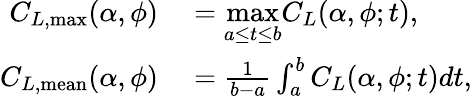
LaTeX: \begin{array}{rl}{C_{L,\textrm{max}}(\alpha,\phi)}&{{}=\underset{a\le t\le b}{\textrm{max}}C_{L}(\alpha,\phi;t),\; }\\ {C_{L,\textrm{mean}}(\alpha,\phi)}&{{}=\frac{1}{b-a}\int_{a}^{b}C_{L}(\alpha,\phi;t)dt,}\end{array}